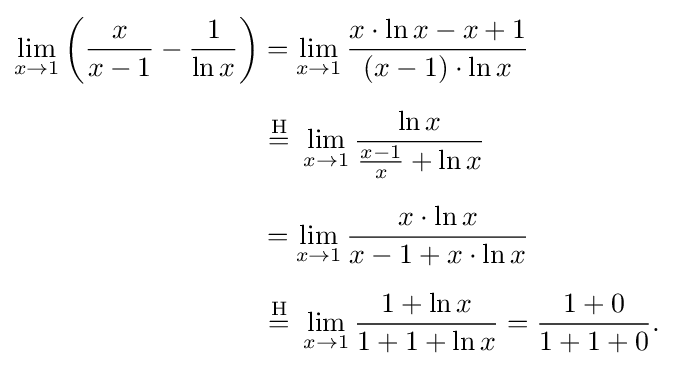
{\begin{aligned}\lim _{x\to 1}\left({\frac {x}{x-1}}-{\frac {1}{\ln x}}\right)&=\lim _{x\to 1}{\frac {x\cdot \ln x-x+1}{(x-1)\cdot \ln x}}\\[6pt]&\ {\stackrel {\mathrm {H} }{=}}\ \lim _{x\to 1}{\frac {\ln x}{{\frac {x-1}{x}}+\ln x}}\\[6pt]&=\lim _{x\to 1}{\frac {x\cdot \ln x}{x-1+x\cdot \ln x}}\\[6pt]&\ {\stackrel {\mathrm {H} }{=}}\ \lim _{x\to 1}{\frac {1+\ln x}{1+1+\ln x}}={\frac {1+0}{1+1+0}}.\end{aligned}}